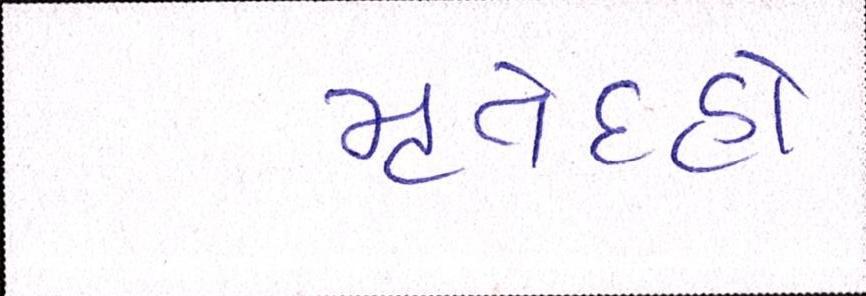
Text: મૃતેદહો